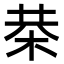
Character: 㭟